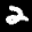
Label: 2